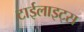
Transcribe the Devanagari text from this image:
टाईलाइट्स